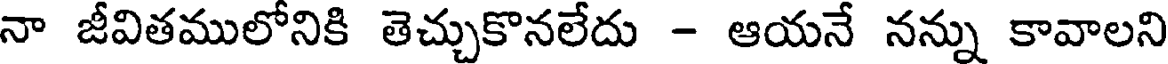
నా జీవితములోనికి తెచ్చుకొనలేదు - ఆయనే నన్ను కావాలని